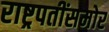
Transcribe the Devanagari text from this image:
राष्ट्रपतींसमोर